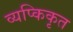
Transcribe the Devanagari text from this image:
व्यप्किकृत